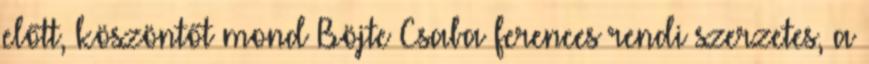
előtt, köszöntőt mond Böjte Csaba ferences rendi szerzetes, a